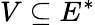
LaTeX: V\subseteq E^{*}